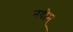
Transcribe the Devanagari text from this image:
नदीम्